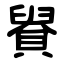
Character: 䝿